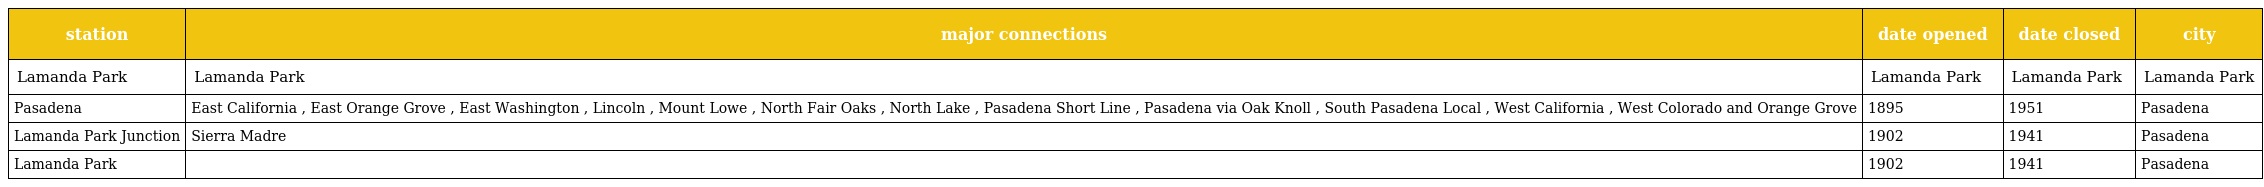
| station | major connections | date opened | date closed | city |
 | --- | --- | --- | --- | --- |
 | Lamanda Park | Lamanda Park | Lamanda Park | Lamanda Park | Lamanda Park |
 | Pasadena | East California , East Orange Grove , East Washington , Lincoln , Mount Lowe , North Fair Oaks , North Lake , Pasadena Short Line , Pasadena via Oak Knoll , South Pasadena Local , West California , West Colorado and Orange Grove | 1895 | 1951 | Pasadena |
 | Lamanda Park Junction | Sierra Madre | 1902 | 1941 | Pasadena |
 | Lamanda Park |  | 1902 | 1941 | Pasadena |